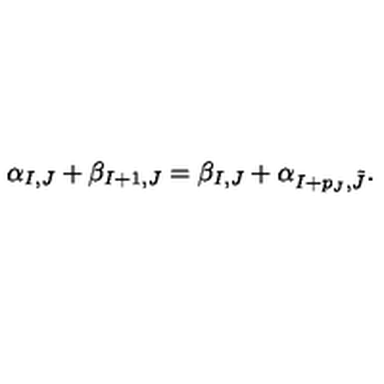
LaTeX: \alpha _ { I , J } + \beta _ { I + 1 , J } = \beta _ { I , J } + \alpha _ { I + p _ { J } , \tilde { J } } .